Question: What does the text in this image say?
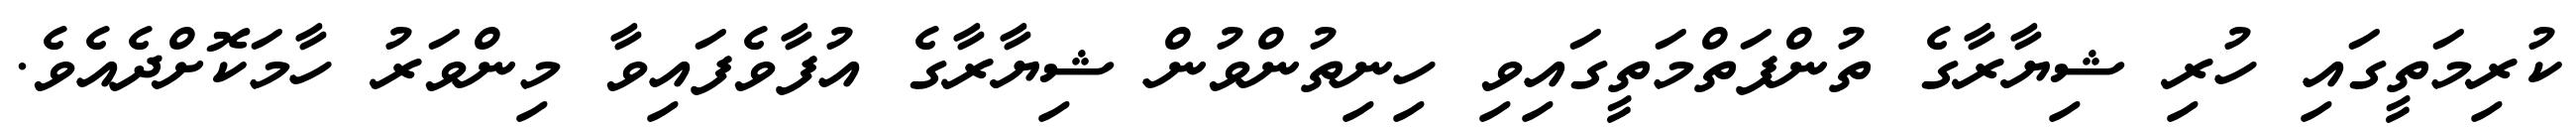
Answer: ކުރިމަތީގައި ހުރި ޝިޔާރާގެ ތުންފަތްމަތީގައިވި ހިނިތުންވުން ޝިޔާރާގެ އުފާވެފައިވާ މިންވަރު ހާމަކޮށްދެއެވެ.